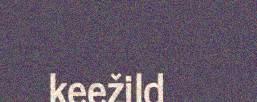
keežild